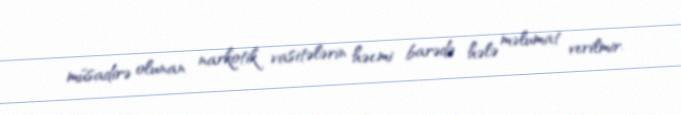
müsadirə olunan narkotik vasitələrin həcmi barədə hələ məlumat verilmir.